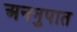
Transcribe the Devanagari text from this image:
अननुपात